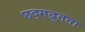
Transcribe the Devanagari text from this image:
छद्मद्रुतता